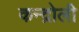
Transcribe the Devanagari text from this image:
कन्द्रोली